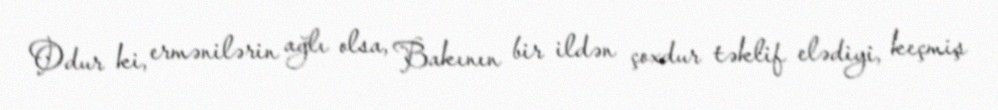
Odur ki, ermənilərin ağlı olsa, Bakının bir ildən çoxdur təklif elədiyi, keçmiş